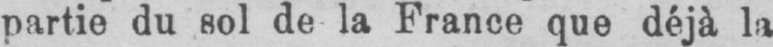
partie du sol de la France que déjà la